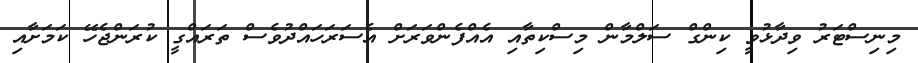
މިނިސްޓަރު ވިދާޅުވީ ކިންގް ސަލްމާން މިސްކިތާއި އެއްފެންވަރަށް އެސަރަހައްދުވެސް ތަރައްގީ ކުރަންޖެހޭ ކަމަށާއި